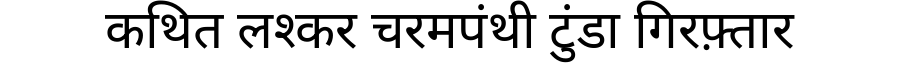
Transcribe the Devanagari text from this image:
कथित लश्कर चरमपंथी टुंडा गिरफ़्तार